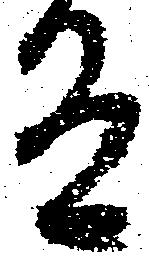
有